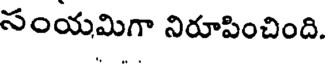
సంయమిగా నిరూపించింది.